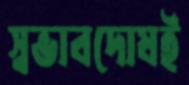
স্বভাবদোষই